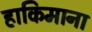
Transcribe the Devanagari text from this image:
हाकिमाना